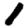
Digit: 1